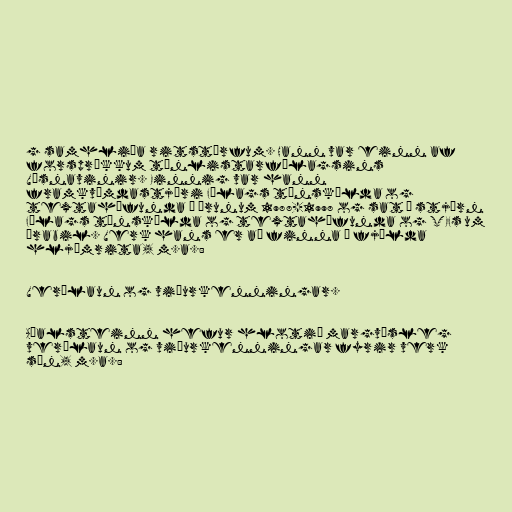
g samhliða ritstörfum. Hann var einn af
forsprökkum tónlistarfélagsins
Vísnavinir. Einnig var hann
framkvæmdastjóri Félags tónskálda og
textahöfunda á árunum 1988-1998 og sat í stjórn
Félags tónskálda og textahöfunda og STEFs um
árabil. Verk hans er að finna á fjölda
hljómrita, m.a.:

Verðlaun og viðurkenningar.

Aðalsteinn hefur hlotið margvísleg
verðlaun og viðurkenningar fyrir verk
sín, m.a.: